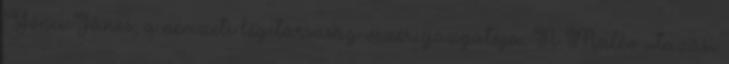
Gönci János, a nemzeti légitársaság vezérigazgatója. A Malév utazási